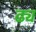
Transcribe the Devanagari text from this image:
ढ्य